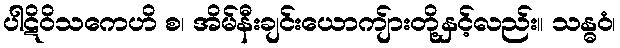
ပါဋိဝိသကေဟိ စ၊ အိမ်နီးချင်းယောကျ်ားတို့နှင့်လည်း။ သန္ဓဝံ၊